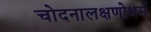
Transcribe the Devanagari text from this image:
चोदनालक्षणोधर्म